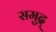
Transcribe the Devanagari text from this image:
समुद्र्